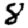
Digit: 8